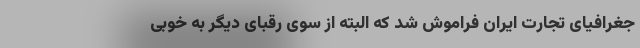
جغرافیای تجارت ایران فراموش شد که البته از سوی رقبای دیگر به خوبی